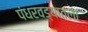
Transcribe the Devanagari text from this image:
पंधरवड्यातला